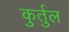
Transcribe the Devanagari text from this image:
कुर्तुल